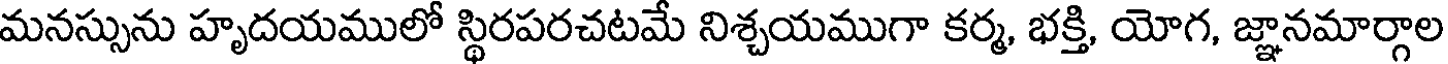
మనస్సును హృదయములో స్థిరపరచటమే నిశ్చయముగా కర్మ, భక్తి, యోగ, జ్ఞానమార్గాల